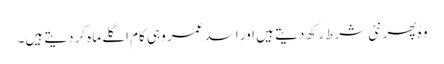
وہ پھر نئی شرط رکھ دیتے ہیں اور اسد عمر وہی کام اگلے ماہ کردیتے ہیں۔